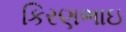
કિરણભાઇ